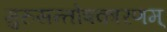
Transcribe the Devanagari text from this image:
गुरुसन्तोषकारणम्